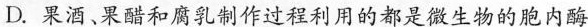
D.果酒。果醋和腐乳制作过程利用的都是微生物的胞内酶